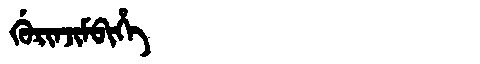
Manchu: ᡤᡠᡵᡳᠨᠵᡳᠮᠪᡳᡥᡝ
Romanization: GURINJIMBIHE